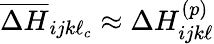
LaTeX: \overline{{\Delta H}}_{ijk\ell_{c}}\approx\Delta H_{ijk\ell}^{(p)}